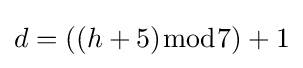
d=((h+5){\bmod {7}})+1